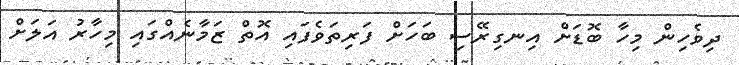
ދިވެހިން މިހާ ބޮޑަށް އިނގިރޭސި ބަހަށް ފަރިތަވެފައި އޮތް ޒަމާނެއްގައި މިހާރު އަލަށް